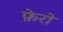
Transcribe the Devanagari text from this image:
फ़ेरो